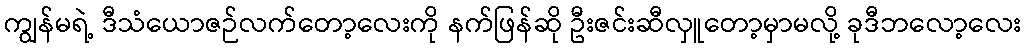
ကျွန်မရဲ့ ဒီသံယောဇဉ်လက်တော့လေးကို နက်ဖြန်ဆို ဦးဇင်းဆီလှူတော့မှာမလို့ ခုဒီဘလော့လေး